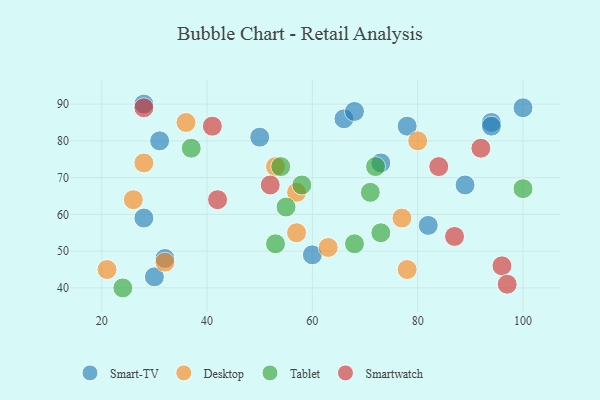
{"axis": {"x": "GDP", "y": "Life Expectancy"}, "legend": ["Desktop", "Smart-TV", "Smartwatch", "Tablet"], "data": [{"x": "66", "y": 86, "type": "Smart-TV"}, {"x": "89", "y": 68, "type": "Smart-TV"}, {"x": "30", "y": 43, "type": "Smart-TV"}, {"x": "60", "y": 49, "type": "Smart-TV"}, {"x": "68", "y": 88, "type": "Smart-TV"}, {"x": "94", "y": 85, "type": "Smart-TV"}, {"x": "50", "y": 81, "type": "Smart-TV"}, {"x": "94", "y": 84, "type": "Smart-TV"}, {"x": "100", "y": 89, "type": "Smart-TV"}, {"x": "78", "y": 84, "type": "Smart-TV"}, {"x": "32", "y": 48, "type": "Smart-TV"}, {"x": "28", "y": 90, "type": "Smart-TV"}, {"x": "82", "y": 57, "type": "Smart-TV"}, {"x": "28", "y": 59, "type": "Smart-TV"}, {"x": "31", "y": 80, "type": "Smart-TV"}, {"x": "73", "y": 74, "type": "Smart-TV"}, {"x": "36", "y": 85, "type": "Desktop"}, {"x": "77", "y": 59, "type": "Desktop"}, {"x": "63", "y": 51, "type": "Desktop"}, {"x": "32", "y": 47, "type": "Desktop"}, {"x": "57", "y": 66, "type": "Desktop"}, {"x": "78", "y": 45, "type": "Desktop"}, {"x": "26", "y": 64, "type": "Desktop"}, {"x": "53", "y": 73, "type": "Desktop"}, {"x": "28", "y": 74, "type": "Desktop"}, {"x": "21", "y": 45, "type": "Desktop"}, {"x": "57", "y": 55, "type": "Desktop"}, {"x": "80", "y": 80, "type": "Desktop"}, {"x": "68", "y": 52, "type": "Tablet"}, {"x": "55", "y": 62, "type": "Tablet"}, {"x": "58", "y": 68, "type": "Tablet"}, {"x": "100", "y": 67, "type": "Tablet"}, {"x": "72", "y": 73, "type": "Tablet"}, {"x": "24", "y": 40, "type": "Tablet"}, {"x": "71", "y": 66, "type": "Tablet"}, {"x": "73", "y": 55, "type": "Tablet"}, {"x": "54", "y": 73, "type": "Tablet"}, {"x": "53", "y": 52, "type": "Tablet"}, {"x": "37", "y": 78, "type": "Tablet"}, {"x": "87", "y": 54, "type": "Smartwatch"}, {"x": "96", "y": 46, "type": "Smartwatch"}, {"x": "84", "y": 73, "type": "Smartwatch"}, {"x": "42", "y": 64, "type": "Smartwatch"}, {"x": "97", "y": 41, "type": "Smartwatch"}, {"x": "41", "y": 84, "type": "Smartwatch"}, {"x": "28", "y": 89, "type": "Smartwatch"}, {"x": "52", "y": 68, "type": "Smartwatch"}, {"x": "92", "y": 78, "type": "Smartwatch"}]}